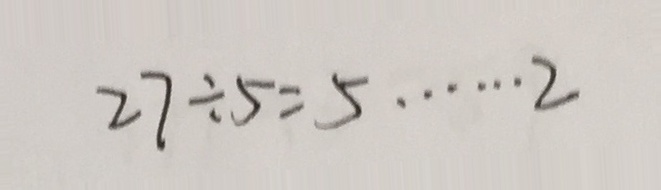
2 7 \div 5 = 5 \cdots 2